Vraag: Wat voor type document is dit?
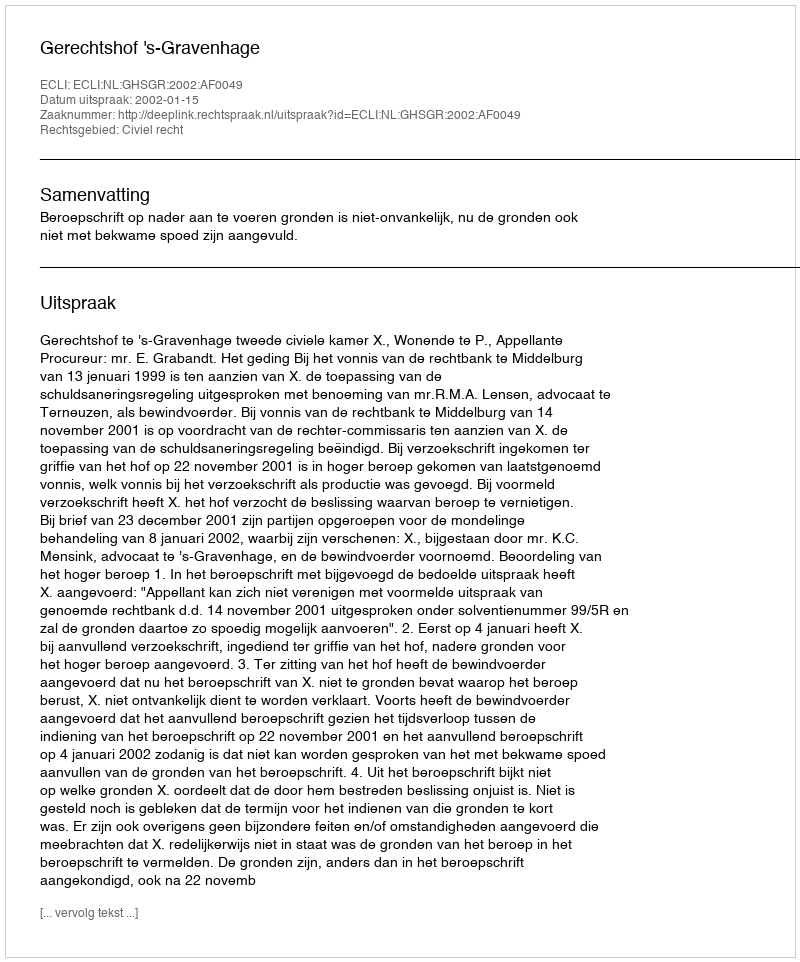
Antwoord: Uitspraak